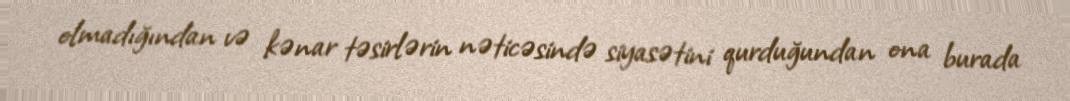
olmadığından və kənar təsirlərin nəticəsində siyasətini qurduğundan ona burada